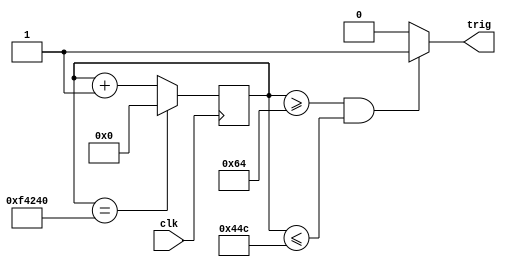
`timescale 1ns / 1ps
module Sonic_trig(
    input clk,
    output trig
);
reg [21:0]cnt_period;
always @(posedge clk)
begin
if(cnt_period==22'd1000000)
    cnt_period<=0;
else
    cnt_period<=cnt_period+1'b1;
end

assign trig=((cnt_period>=22'd100)&(cnt_period<=22'd1100))?1:0;

endmodule